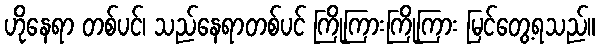
ဟိုနေရာ တစ်ပင်၊ သည်နေရာတစ်ပင် ကြိုကြားကြိုကြား မြင်တွေ့ရသည်။